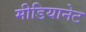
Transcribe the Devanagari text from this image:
मीडियानेट